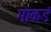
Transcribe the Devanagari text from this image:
माकडं